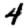
Digit: 4